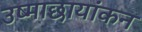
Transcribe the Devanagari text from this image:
उष्माछायांकन